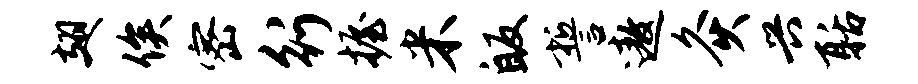
翅俟密行握米皈誓遨灸兴聒